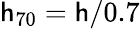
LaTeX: \mathsf{h}_{70}=\mathsf{h}/0.7